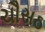
ચૌસઠ